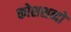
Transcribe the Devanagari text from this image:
कोशशब्दों